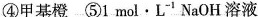
④甲基橙 ⑤1mol·L^{-1}NaOH溶液